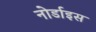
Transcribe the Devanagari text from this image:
नोर्डाइस